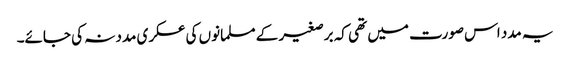
یہ مدد اس صورت میں تھی کہ برصغیر کے مسلمانوں کی عسکری مدد نہ کی جائے۔